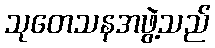
သုတေသနအဖွဲ့သည်